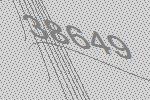
38649